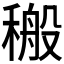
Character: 𮃝